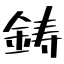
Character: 鋳